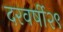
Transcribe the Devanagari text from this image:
दरवर्षी२९